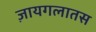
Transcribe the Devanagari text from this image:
ज़ायगलातस